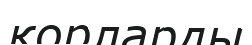
қорларды